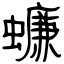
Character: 蠊